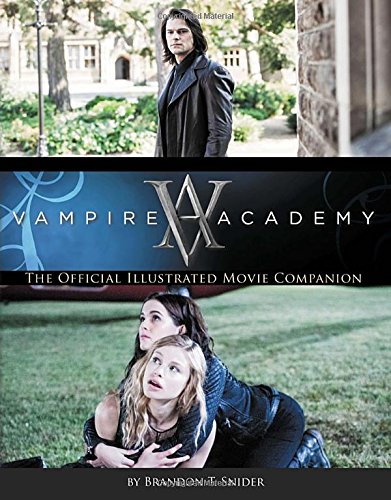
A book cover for Vampire Academy: The Official Illustrated Movie Companion; Brandon T. Snider; Teen & Young Adult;